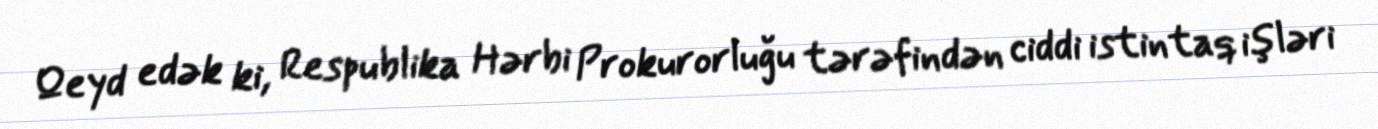
Qeyd edək ki, Respublika Hərbi Prokurorluğu tərəfindən ciddi istintaq işləri